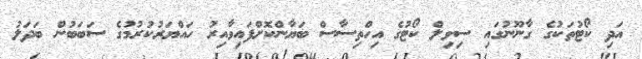
އަދި ކޯޓުތަކުގެ ގާނޫނުގައި ސިވިލް ކޯޓުގެ އިހްތިސާސް ބަޔާންކޮށްފައިވާއިރު ހައްޔަރުކުރުމުގެ ސަބަބުން ބަދަލު